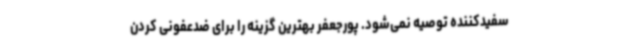
سفیدکننده توصیه نمی‌شود. پورجعفر بهترین گزینه را برای ضدعفونی کردن